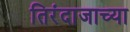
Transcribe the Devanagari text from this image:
तिरंदाजाच्या